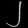
Digit: ၂